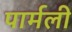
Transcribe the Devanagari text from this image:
पार्मली